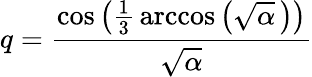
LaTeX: q={\frac{\cos\left({\frac{1}{3}}\operatorname{arccos}\left({\sqrt{\alpha}}\, \right)\right)}{\sqrt{\alpha}}}